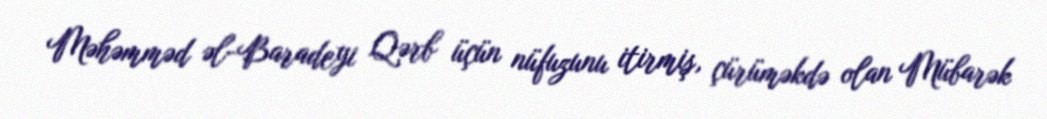
Məhəmməd əl-Baradeyi Qərb üçün nüfuzunu itirmiş, çürüməkdə olan Mübarək